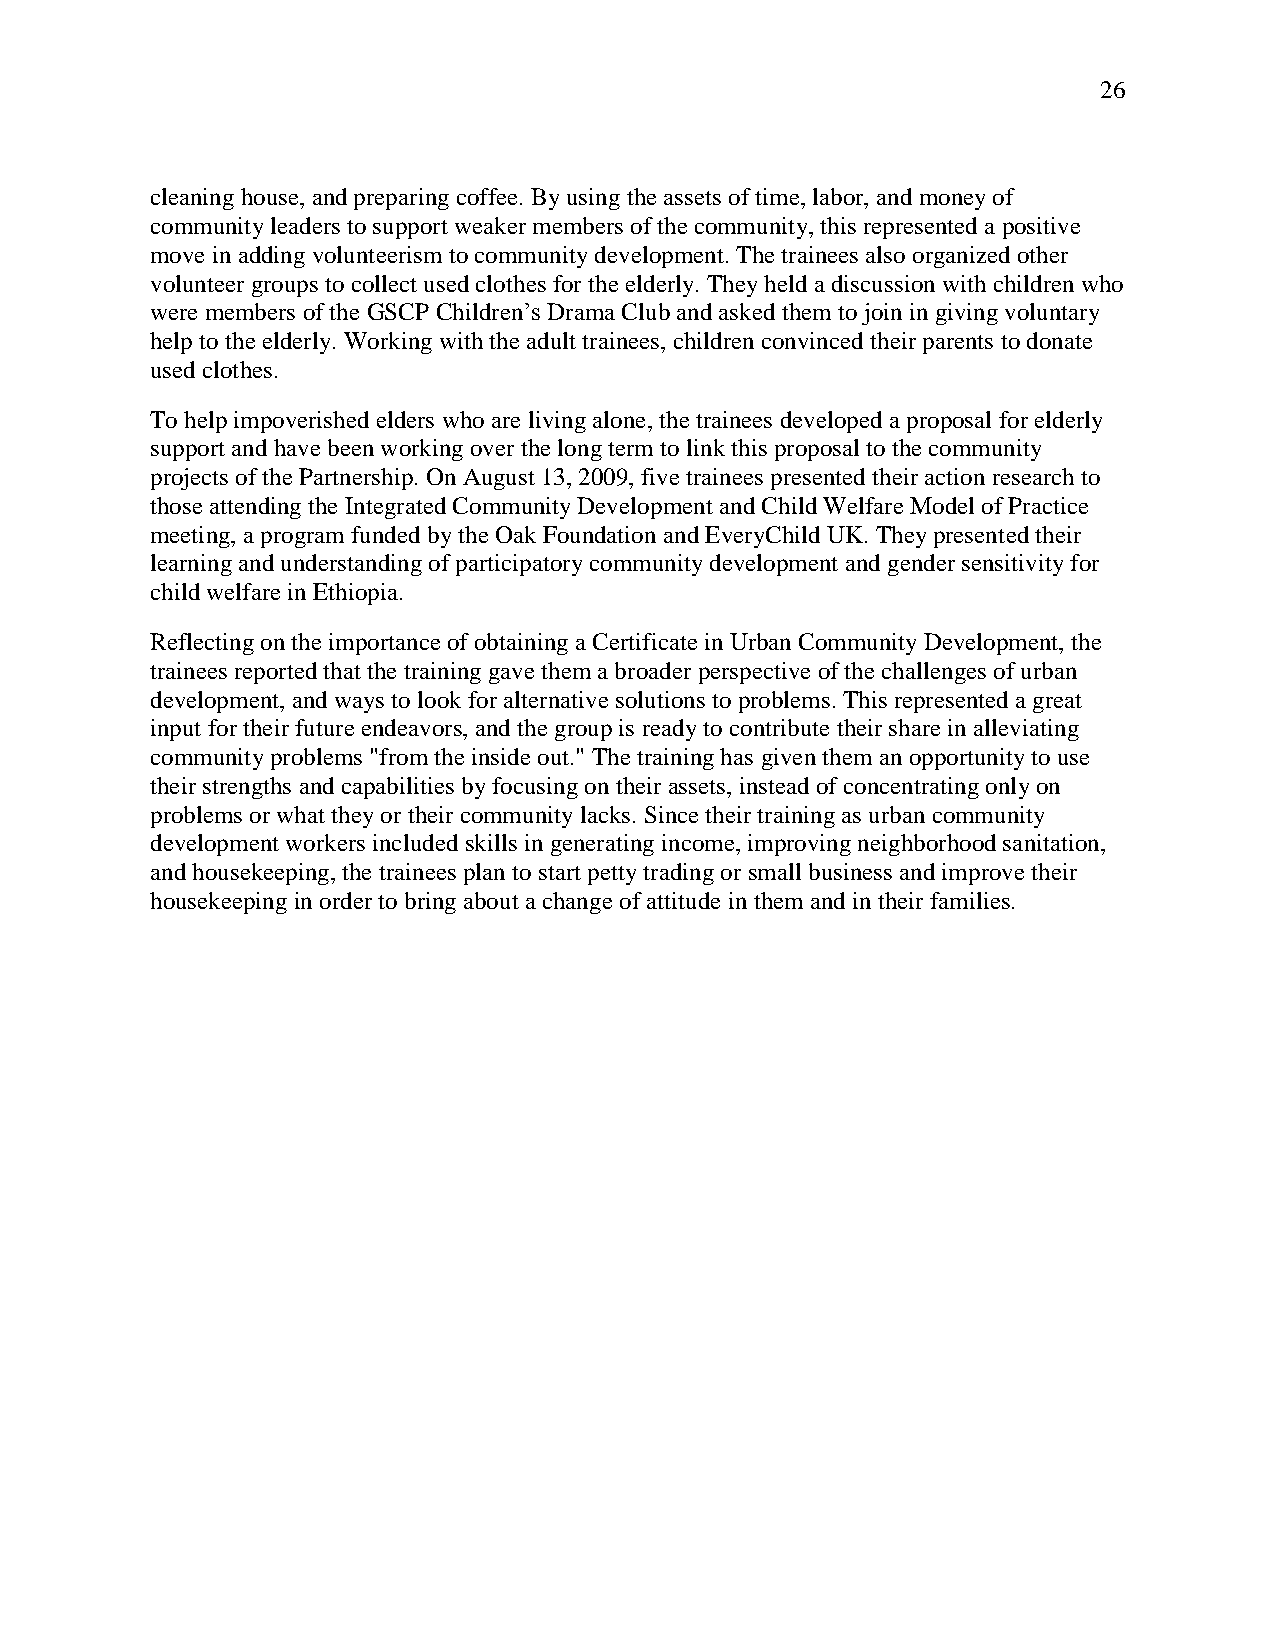
26
 cleaning house, and preparing coffee. By using the assets of time, labor, and money of
 community leaders to support weaker members of the community, this represented a positive
 move in adding volunteerism to community development. The trainees also organized other
 volunteer groups to collect used clothes for the elderly. They held a discussion with children who
 were members of the GSCP Children‘s Drama Club and asked them to join in giving voluntary
 help to the elderly. Working with the adult trainees, children convinced their parents to donate
 used clothes.
 To help impoverished elders who are living alone, the trainees developed a proposal for elderly
 support and have been working over the long term to link this proposal to the community
 projects of the Partnership. On August 13, 2009, five trainees presented their action research to
 those attending the Integrated Community Development and Child Welfare Model of Practice
 meeting, a program funded by the Oak Foundation and EveryChild UK. They presented their
 learning and understanding of participatory community development and gender sensitivity for
 child welfare in Ethiopia.
 Reflecting on the importance of obtaining a Certificate in Urban Community Development, the
 trainees reported that the training gave them a broader perspective of the challenges of urban
 development, and ways to look for alternative solutions to problems. This represented a great
 input for their future endeavors, and the group is ready to contribute their share in alleviating
 community problems "from the inside out." The training has given them an opportunity to use
 their strengths and capabilities by focusing on their assets, instead of concentrating only on
 problems or what they or their community lacks. Since their training as urban community
 development workers included skills in generating income, improving neighborhood sanitation,
 and housekeeping, the trainees plan to start petty trading or small business and improve their
 housekeeping in order to bring about a change of attitude in them and in their families.